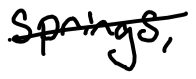
Text: Springs,
Cross-out: single-line
Writing tool: digital_black